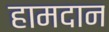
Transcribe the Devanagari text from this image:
हामदान